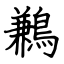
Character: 鶼